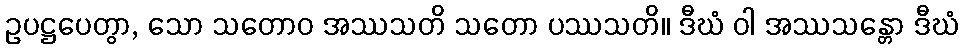
ဥပဋ္ဌပေတွာ, သော သတောဝ အဿသတိ သတော ပဿသတိ။ ဒီဃံ ဝါ အဿသန္တော ဒီဃံ